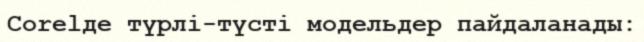
Сorelде түрлі-түсті модельдер пайдаланады: